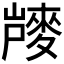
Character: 𪌨